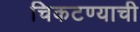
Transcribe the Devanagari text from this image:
चिकटण्याची